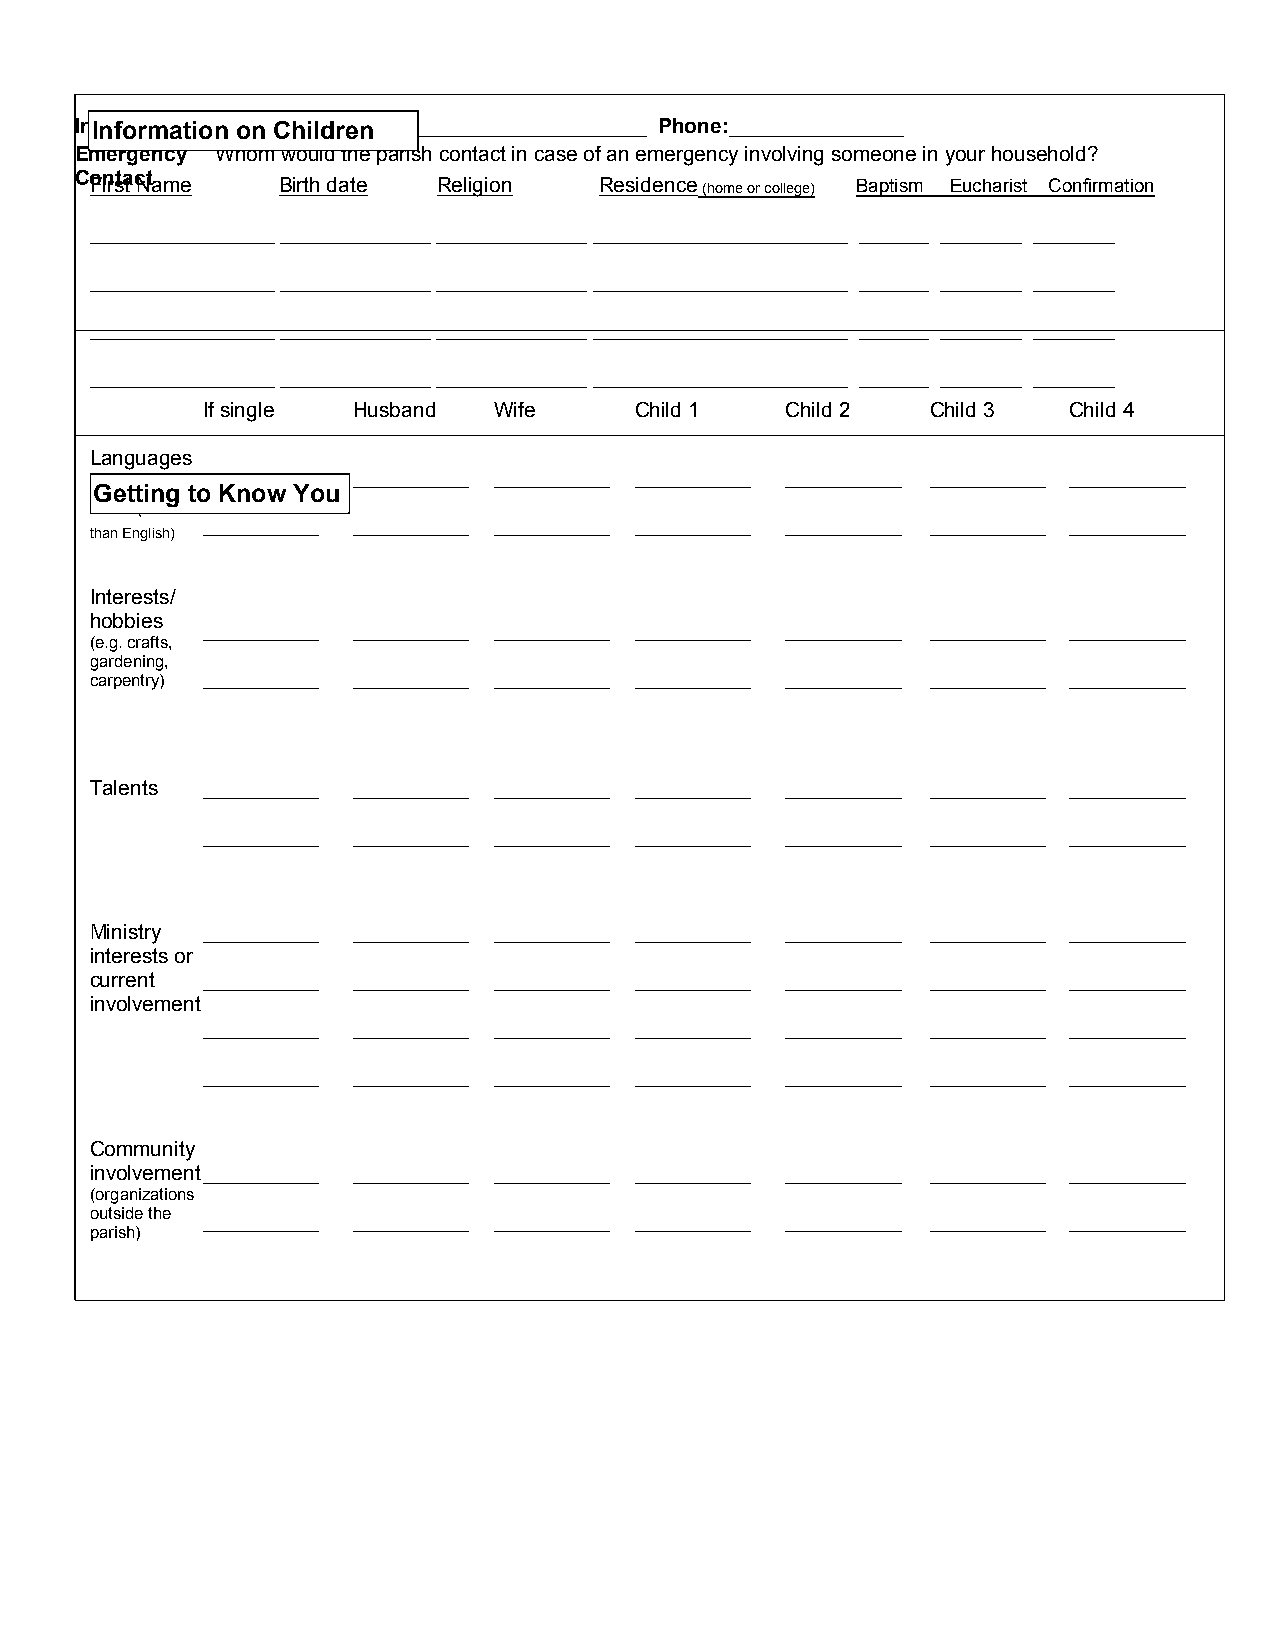
InIfnorfmoramtioant i o Nna omne :C__h_i_ld__re__n_ _______________________ Phone:_______________
 Emergency Whom would the parish contact in case of an emergency involving someone in your household?
 Contact
 First Name  Birth date Religion   Residence (home or college) Baptism Eucharist Confirmation
 ________________ _____________ _____________ ______________________ ______ _______ _______
 ________________ _____________ _____________ ______________________ ______ _______ _______
 ________________ _____________ _____________ ______________________ ______ _______ _______
 ________________ _____________ _____________ ______________________ ______ _______ _______
 If single Husband   Wife     Child 1   Child 2   Child 3  Child 4
 Languages
 spoken or __________ __________ __________ __________ __________ __________ __________
 Getting to Know You
 read (other
 than English)
 __________ __________ __________ __________ __________ __________ __________
 Interests/
 hobbies
 __________ __________ __________ __________ __________ __________ __________
 (e.g. crafts,
 gardening,
 carpentry) __________ __________ __________ __________ __________ __________ __________
 Talents __________ __________ __________ __________ __________ __________ __________
 __________ __________ __________ __________ __________ __________ __________
 Ministry __________ __________ __________ __________ __________ __________ __________
 interests or
 current __________ __________ __________ __________ __________ __________ __________
 involvement
 __________ __________ __________ __________ __________ __________ __________
 __________ __________ __________ __________ __________ __________ __________
 Community
 involvement__________ __________ __________ __________ __________ __________ __________
 (organizations
 outside the __________ __________ __________ __________ __________ __________ __________
 parish)